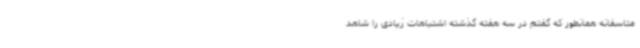
متاسفانه همانطور که گفتم در سه هفته گذشته اشتباهات زیادی را شاهد